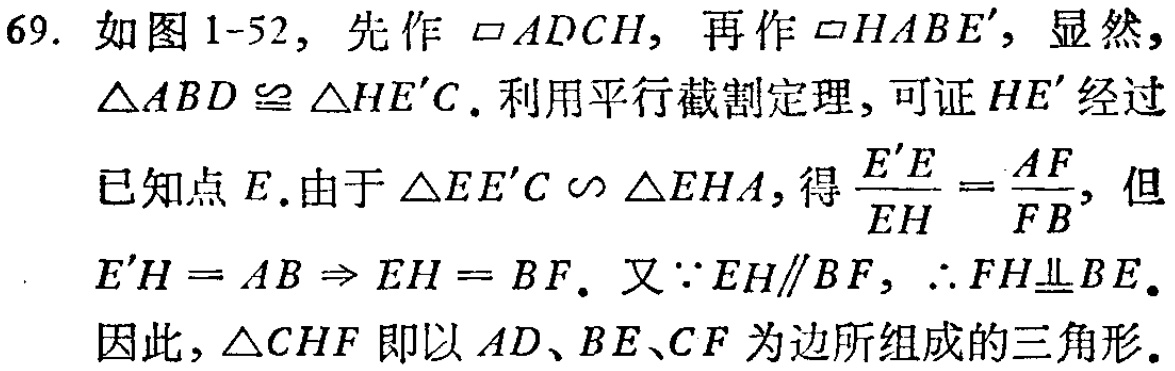
69. 如图 1-52，先作$\square ADCH$，再作$\square HABE'$，显然，

$\triangle ABD\cong\triangle HE'C$. 利用平行截割定理，可证$HE'$经过

已知点$E$. 由于$\triangle EE'C\sim\triangle EHA$，得$\frac{E'E}{EH}=\frac{AF}{FB}$，但

$E'H = AB\Rightarrow EH = BF$. 又$\because EH\parallel BF$，$\therefore FH\underline{\underline{\parallel}}BE$.

因此，$\triangle CHF$即以$AD、BE、CF$为边所组成的三角形.